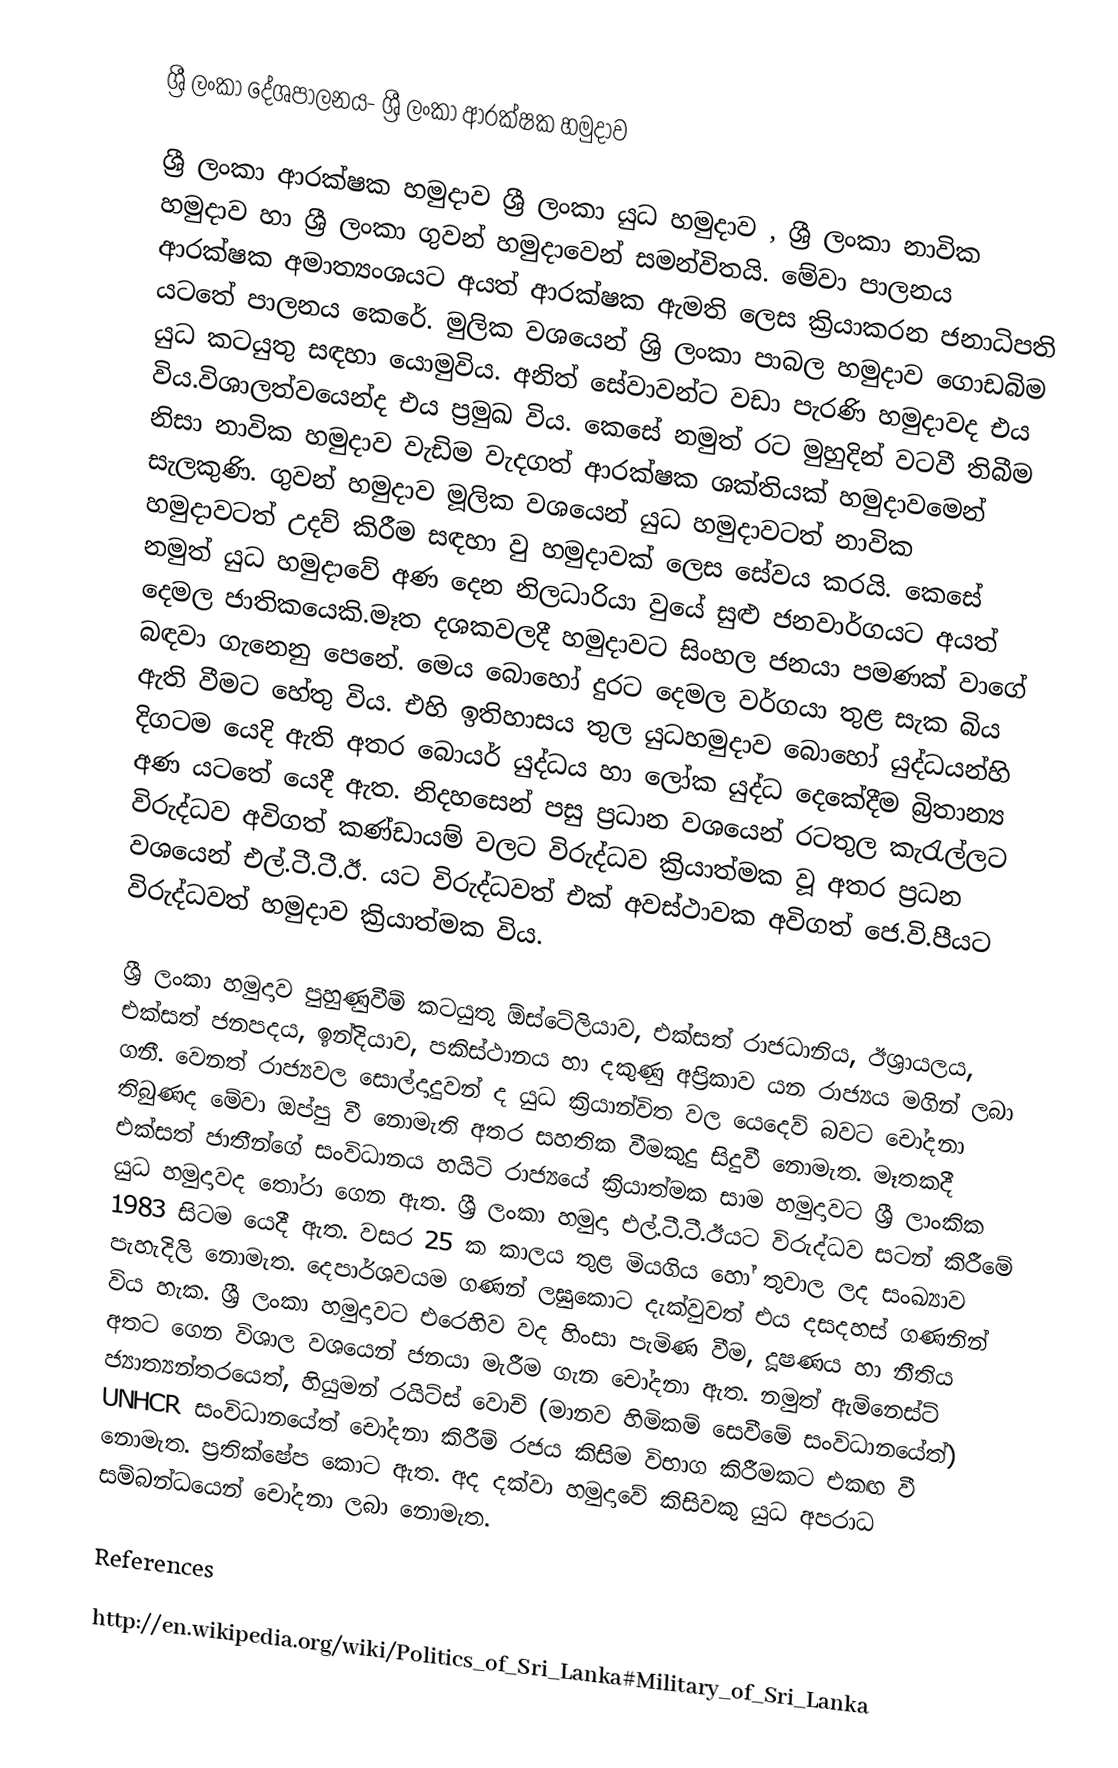
ශ්‍රී ලංකා දේශපාලනය- ශ්‍රී ලංකා ආරක්ෂක හමුදාව

ශ්‍රී ලංකා ආරක්ෂක හමුදාව ශ්‍රී ලංකා යුධ හමුදාව , ශ්‍රී ලංකා නාවික හමුදාව හා ශ්‍රී ලංකා ගුවන් හමුදාවෙන් සමන්විතයි. මේවා පාලනය ආරක්ෂක අමාත්‍යංශයට අයත්  ආරක්ෂක ඇමති ලෙස ක්‍රියාකරන ජනාධිපති යටතේ පාලනය කෙරේ. මුලික වශයෙන් ශ්‍රි ලංකා පාබල හමුදාව ගොඩබිම යුධ කටයුතු සඳහා යොමුවිය. අනිත් සේවාවන්ට වඩා පැරණි හමුදාවද එය විය.විශාලත්වයෙන්ද එය ප්‍රමුඛ විය. කෙසේ නමුත් රට මුහුදින් වටවී තිබීම නිසා නාවික හමුදාව වැඩිම වැදගත් ආරක්ෂක ශක්තියක් හමුදාවමෙන්  සැලකුණි. ගුවන් හමුදාව මූලික වශයෙන් යුධ හමුදාවටත් නාවික හමුදාවටත් උදව් කිරීම සඳහා වු හමුදාවක් ලෙස සේවය කරයි. කෙසේ නමුත් යුධ හමුදාවේ අණ දෙන නිලධාරියා වුයේ සුළු ජනවාර්ගයට අයත් දෙමල ජාතිකයෙකි.මෑත දශකවලදී හමුදාවට සිංහල ජනයා පමණක් වාගේ බඳවා ගැනෙනු පෙනේ. මෙය බොහෝ දුරට දෙමල වර්ගයා තුළ සැක බිය ඇති වීමට හේතු විය. එහි ඉතිහාසය තුල  යුධහමුදාව බොහෝ යුද්ධයන්හි දිගටම යෙදි ඇති අතර බොයර් යුද්ධය හා ලෝක යුද්ධ දෙකේදීම බ්‍රිතාන්‍ය අණ යටතේ යෙදී ඇත. නිදහසෙන් පසු ප්‍රධාන වශයෙන් රටතුල කැරැල්ලට විරුද්ධව අවිගත් කණ්ඩායම් වලට විරුද්ධව ක්‍රියාත්මක වූ අතර ප්‍රධන වශයෙන් එල්.ටී.ටී.ඊ. යට විරුද්ධවත් එක් අවස්ථාවක අවිගත් ජෙ.වි.පීයට විරුද්ධවත් හමුදාව ක්‍රියාත්මක විය.

ශ්‍රී ලංකා හමුදාව පුහුණුවීම් කටයුතු ඕස්ටේලියාව, එක්සත් රාජධානිය, ඊශ්‍රායලය, එක්සත් ජනපදය, ඉන්දියාව, පකිස්ථානය හා දකුණු අප්‍රිකාව යන රාජ්‍යය මගින් ලබා ගනී. වෙනත් රාජ්‍යවල සොල්දාදුවන් ද යුධ ක්‍රියාන්විත වල යෙදෙව් බවට චෝදනා තිබුණද මේවා ඔප්පු වී නොමැති අතර සහතික වීමකුදු සිදුවී නොමැත. මෑතකදී එක්සත් ජාතීන්ගේ සංවිධානය හයිටි රාජ්‍යයේ ක්‍රියාත්මක සාම හමුදාවට ශ්‍රී ලාංකික යුධ හමුදාවද තෝරා ගෙන ඇත. ශ්‍රී ලංකා හමුදා එල්.ටී.ටී.ඊයට විරුද්ධව සටන් කිරීමේ 1983 සිටම යෙදී ඇත. වසර 25 ක කාලය තුළ මියගිය හෝ තුවාල ලද සංඛ්‍යාව පැහැදිලි  නොමැත. දෙපාර්ශවයම ගණන් ලඝුකොට දැක්වුවත් එය දසදහස් ගණනින් විය හැක. ශ්‍රී ලංකා හමුදාවට එරෙහිව වද හිංසා පැමිණ වීම, දූෂණය හා නීතිය අතට ගෙන විශාල වශයෙන් ජනයා මැරීම ගැන චෝදනා ඇත. නමුත් ඇම්නෙස්ට් ජ්‍යාත්‍යන්තරයෙත්, හියුමන් රයිට්ස් වොච් (මානව හිමිකම් සෙවීමේ සංවිධානයේත්) UNHCR සංවිධානයේත් චෝදනා කිරීම් රජය කිසිම විභාග කිරීමකට එකඟ වී නොමැත. ප්‍රතික්ෂේප කොට ඇත. අද දක්වා හමුදාවේ කිසිවකු යුධ අපරාධ සම්බන්ධයෙන් චෝදනා ලබා නොමැත.

References

http://en.wikipedia.org/wiki/Politics_of_Sri_Lanka#Military_of_Sri_Lanka